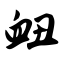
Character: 衄